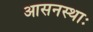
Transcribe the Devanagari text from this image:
आसनस्थाः